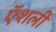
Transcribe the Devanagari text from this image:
ऍशली